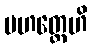
မဟတ္ထေဟိ